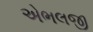
એભલજી